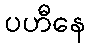
ပဟီနေ